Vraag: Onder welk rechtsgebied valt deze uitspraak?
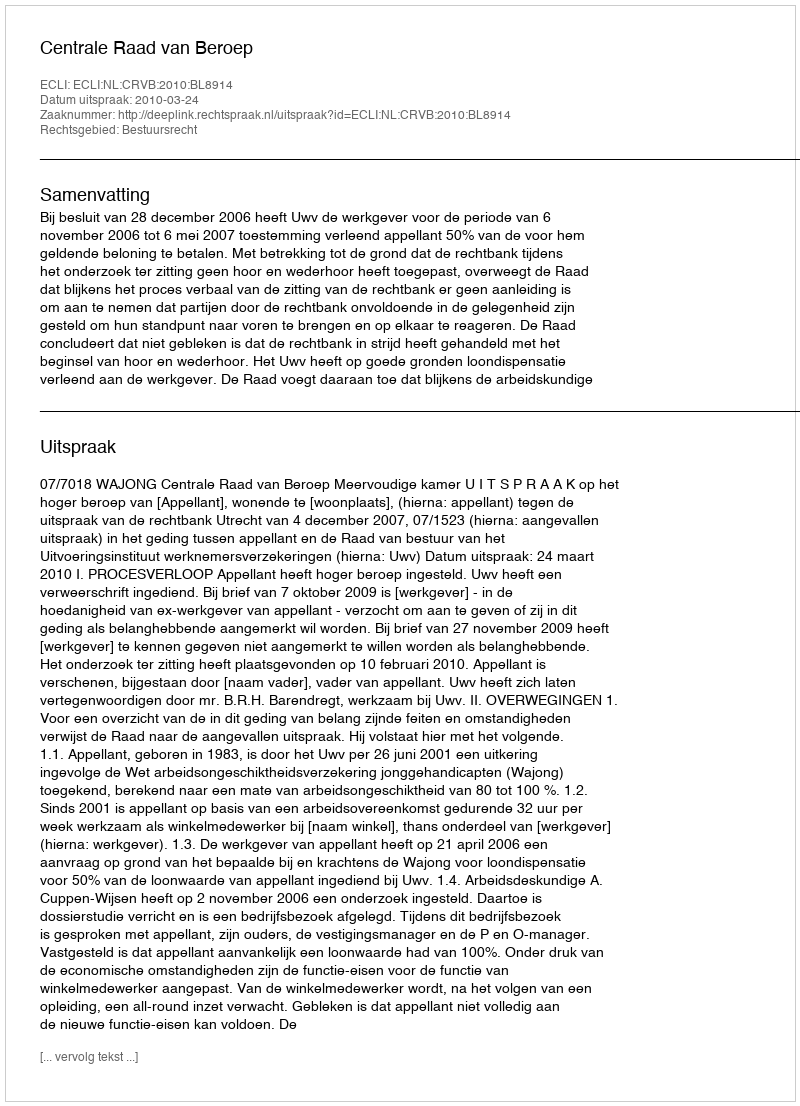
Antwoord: Bestuursrecht